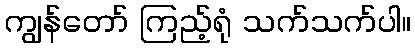
ကျွန်တော် ကြည့်ရုံ သက်သက်ပါ။